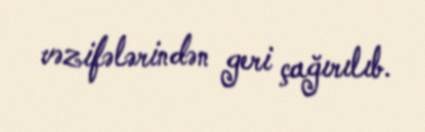
vəzifələrindən geri çağırılıb.